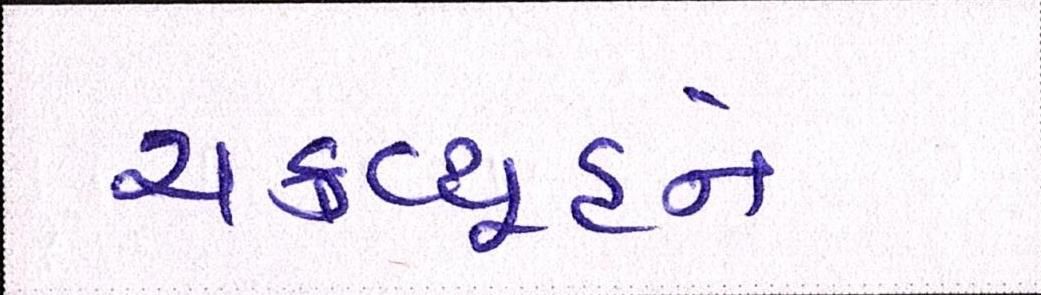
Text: ચક્રવ્યૂહને